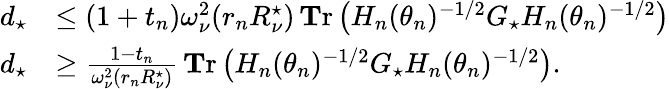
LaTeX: \begin{array}{rl}{d_{\star}}&{\le(1+t_{n})\omega_{\nu}^{2}(r_{n}R_{\nu}^{\star})\operatorname{\mathbf Tr}\left(H_{n}(\theta_{n})^{-1/2}G_{\star}H_{n}(\theta_{n})^{-1/2}\right)}\\ {d_{\star}}&{\ge\frac{1-t_{n}}{\omega_{\nu}^{2}(r_{n}R_{\nu}^{\star})}\operatorname{\mathbf Tr}\left(H_{n}(\theta_{n})^{-1/2}G_{\star}H_{n}(\theta_{n})^{-1/2}\right).}\end{array}